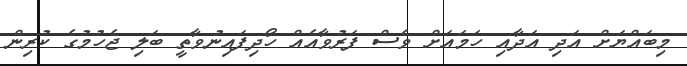
މިބައްޔަށް އަދި އަދާއި ހަމައަށް ވެސް ފަރުވާއެއް ހޯދިފައިނުވާތީ ބަލި ޖެހުމުގެ ކުރިން